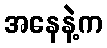
အနေနဲ့က